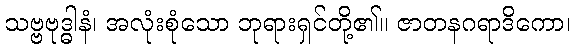
သဗ္ဗဗုဒ္ဓါနံ၊ အလုံးစုံသော ဘုရားရှင်တို့၏။ ဇာတနဂရာဒိကော၊